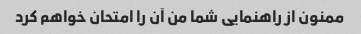
ممنون از راهنمایی شما من آن را امتحان خواهم کرد